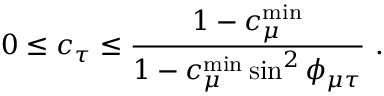
0 \leq c _ { \tau } \leq \frac { 1 - c _ { \mu } ^ { \mathrm { m i n } } } { 1 - c _ { \mu } ^ { \mathrm { m i n } } \sin ^ { 2 } \phi _ { \mu \tau } } ~ .